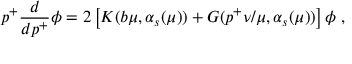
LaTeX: p ^ { + } \frac { d } { d p ^ { + } } \phi = 2 \left[ K ( b \mu , \alpha _ { s } ( \mu ) ) + G ( p ^ { + } \nu / \mu , \alpha _ { s } ( \mu ) ) \right] \phi \; ,